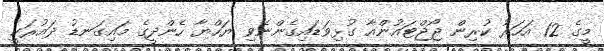
މީގެ 12 އަހަރު ކުރިން ޖޯޖްޓައުންއާ ގުޅިވަޑައިގެންނެވި ޔަހްޔާ ހެންދީގެ މައިގަނޑު ދައުރަކީ